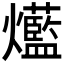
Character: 𤓆